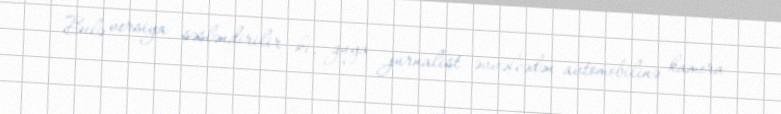
Belə versiya səsləndirilir ki, guya jurnalist əvvəlcədən avtomobilinə kamera